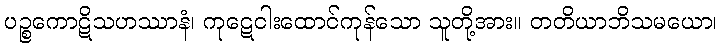
ပဉ္စကောဋိသဟဿာနံ၊ ကုဋေငါးထောင်ကုန်သော သူတို့အား။ တတိယာဘိသမယော၊